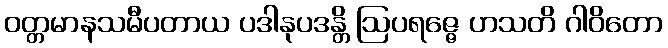
ဝတ္တမာနသမီပတာယ ပဒါနုပဒန္တိ ဩပရဇ္ဇေ ဟသတိ ဂါဝိတော